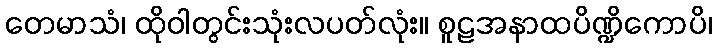
တေမာသံ၊ ထိုဝါတွင်းသုံးလပတ်လုံး။ စူဠအနာထပိဏ္ဍိကောပိ၊